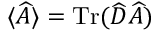
\langle \widehat { A } \rangle = \operatorname { T r } ( \widehat { \cal D } \widehat { A } )